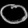
Digit: ၀